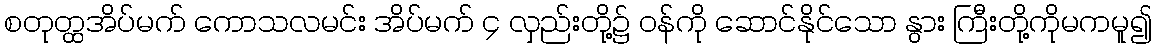
စတုတ္ထအိပ်မက် ကောသလမင်း အိပ်မက် ၄ လှည်းတို့၌ ဝန်ကို ဆောင်နိုင်သော နွား ကြီးတို့ကိုမကမူ၍